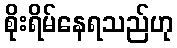
စိုးရိမ်နေရသည်ဟု